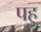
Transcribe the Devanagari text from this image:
पहु